Report of an investigation into the causes of the diseases known in Assam as Kála-Azár and Beri-Beri
Disease focus: Beri-Beri
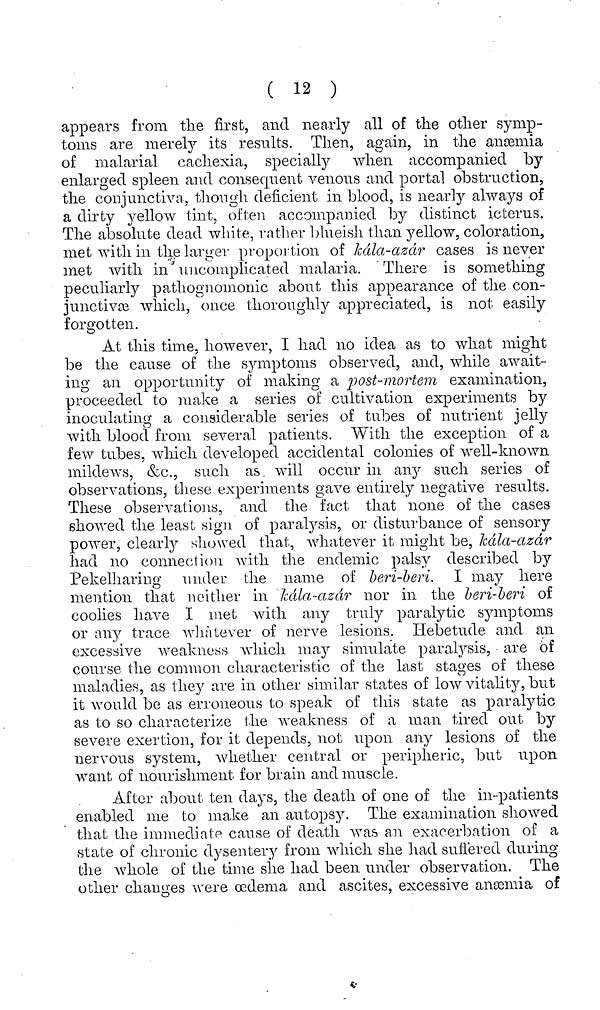
( 12 )
appears from the first, and nearly all of the other symp-
toms are merely its results. Then, again, in the anæmia
of malarial cachexia, specially when accompanied by
enlarged spleen and consequent venous and portal obstruction,
the conjunctiva, though deficient in blood, is nearly always of
a dirty yellow tint, often accompanied by distinct icterus.
The absolute dead white, rather blueish than yellow, coloration,
met with in the larger proportion of kála-azár cases is never
met with in uncomplicated malaria. There is something
peculiarly pathognomonic about this appearance of the con-
junctivæ which, once thoroughly appreciated, is not easily
forgotten.
At this time, however, I had no idea as to what might
be the cause of the symptoms observed, and, while await-
ing an opportunity of making a post-mortem examination,
proceeded to make a series of cultivation experiments by
inoculating a considerable series of tubes of nutrient jelly
with blood from several patients. With the exception of a
few tubes, which developed accidental colonies of well-known
mildews, &c., such as will occur in any such series of
observations, these experiments gave entirely negative results.
These observations, and the fact that none of the cases
showed the least sign of paralysis, or disturbance of sensory
power, clearly showed that, whatever it might be, kala-azar
had no connection with the endemic palsy described by
Pekelharing under the name of beri-beri. I may here
mention that neither in kala-azar nor in the beri-beri of
coolies have I met with any truly paralytic symptoms
or any trace whatever of nerve lesions. Hebetude and an
excessive weakness which may simulate paralysis, are of
course the common characteristic of the last stages of these
maladies, as they are in other similar states of low vitality, but
it would be as erroneous to speak of this state as paralytic
as to so characterize the weakness of a man tired out by
severe exertion, for it depends, not upon any lesions of the
nervous system, whether central or peripheric, but upon
want of nourishment for brain and muscle.
After about ten days, the death of one of the in-patients
enabled me to make an autopsy. The examination showed
that the immediate cause of death was an exacerbation of a
state of chronic dysentery from which she had suffered during
the whole of the time she had been under observation. The
other changes were oedema and ascites, excessive anæmia of